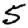
Digit: 5